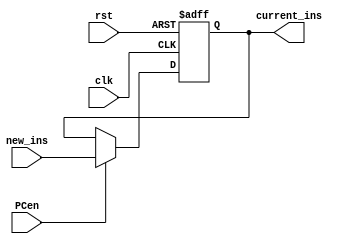
`timescale 1ns / 1ps
//////////////////////////////////////////////////////////////////////////////////
// Company: 
// Engineer: 
// 
// Design Name: 
// Module Name: PC
// Project Name: 
// Target Devices: 
// Tool Versions: 
// Description: 
// 
// Dependencies: 
// 
// Revision:
// Revision 0.01 - File Created
// Additional Comments:
// 
//////////////////////////////////////////////////////////////////////////////////


module PC(
input clk,
input rst,
input PCen,
input [31:0] new_ins,
output reg [31:0] current_ins
);
initial begin
current_ins <= 0;
end
always@(posedge clk or posedge rst)
if (rst)
begin
current_ins <= 0;
end
else if(PCen)
begin 
current_ins <= new_ins;
end
else 
current_ins <= current_ins;
endmodule